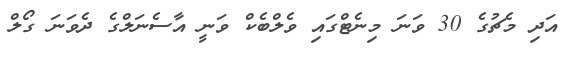
އަދި މެޗުގެ 30 ވަނަ މިނެޓްގައި ވެލްބެކް ވަނީ އާސެނަލްގެ ދެވަނަ ގޯލް